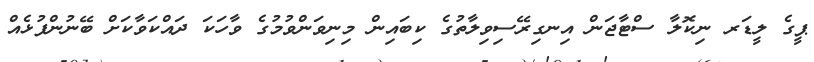
ޕީގެ ލީޑަރ ނިކޮލާ ސްޓާޖަން އިނގިރޭސިވިލާތުގެ ކިބައިން މިނިވަންވުމުގެ ވާހަކަ ދައްކަވާކަށް ބޭނުންފުޅެއް